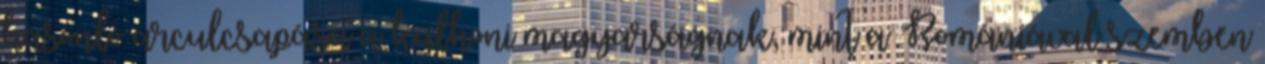
hasonló arculcsapása a külhoni magyarságnak, mint a Romániával szemben